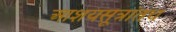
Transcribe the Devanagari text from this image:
आशयसूत्रांतच